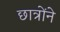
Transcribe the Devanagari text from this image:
छात्रोंने